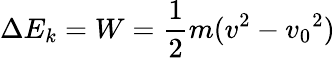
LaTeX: \Delta E_{k}=W={\frac{1}{2}}m(v^{2}-{v_{0}}^{2})